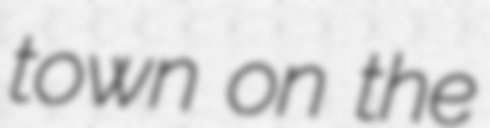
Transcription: town on the